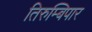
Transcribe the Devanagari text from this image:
तिरुम्बिपार